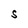
Character: S